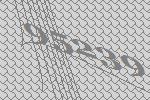
95239